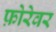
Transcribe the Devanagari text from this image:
फ़ोरेवर